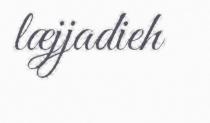
læjjadieh